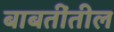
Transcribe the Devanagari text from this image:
बाबतींतील